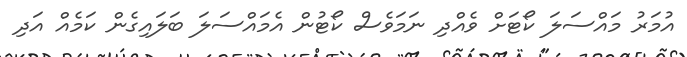
އުމަރު މައްސަލަ ކޯޓަށް ވެއްދި ނަމަވެސް ކޯޓުން އެމައްސަލަ ބަލައިގެން ކަމެއް އަދި